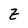
Character: Z